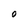
Character: O